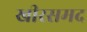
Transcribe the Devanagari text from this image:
खीरसमद